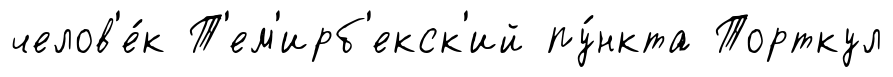
челов'е́к Т'ем'ирб'екск'ий пу́нкта Торткул